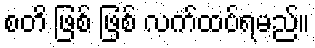
စတိ ဖြစ် ဖြစ် လက်ထပ်ရမည်။